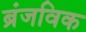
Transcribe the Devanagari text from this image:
ब्रंजविक